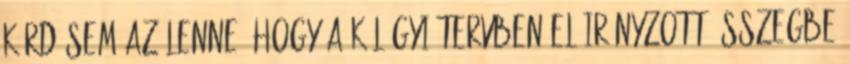
kérdésem az lenne, hogy a külügyi tervben előirányzott összegbe